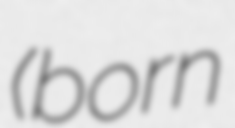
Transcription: (born